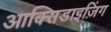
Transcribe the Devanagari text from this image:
आक्सिडाइज़िंग